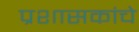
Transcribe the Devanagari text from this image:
प्रशासकांचे